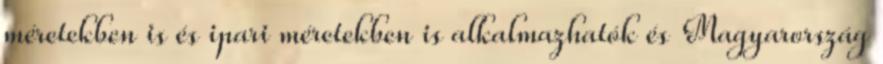
méretekben is és ipari méretekben is alkalmazhatók és Magyarország